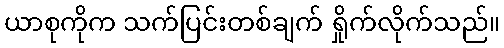
ယာစုကိုက သက်ပြင်းတစ်ချက် ရှိုက်လိုက်သည်။